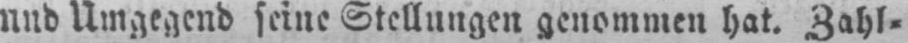
und Umgegend seine Stellungen genommen hat. Zahl⸗